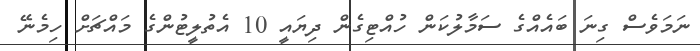
ނަމަވެސް ގިނަ ބައެއްގެ ސަމާލުކަން ހުއްޓިގެން ދިޔައީ 10 އެތުލީޓުންގެ މައްޗަށް ހިމެނޭ